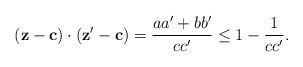
\begin{align*}(\mathbf z - \mathbf c)\cdot (\mathbf z' - \mathbf c)&= \frac{aa' + bb'}{cc'} \le 1 - \frac{1}{cc'}.\end{align*}